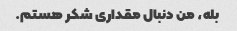
بله، من دنبال مقداری شکر هستم.